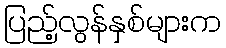
ပြည့်လွန်နှစ်များက